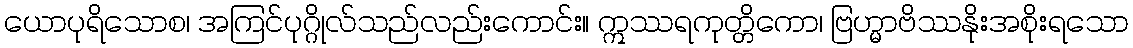
ယောပုရိသောစ၊ အကြင်ပုဂ္ဂိုလ်သည်လည်းကောင်း။ ဣဿရကုတ္တိကော၊ ဗြဟ္မာဗိဿနိုးအစိုးရသော